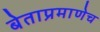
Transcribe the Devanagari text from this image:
बेताप्रमाणेच